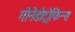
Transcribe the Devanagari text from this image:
गोनेडोट्रोफिन्स